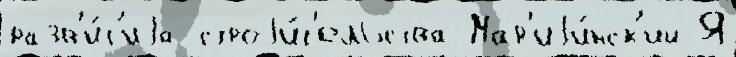
разв'и́т'иjа строjи́т'ельства Мар'иjи́нск'ий Я